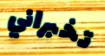
تخبراني